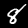
Label: 8